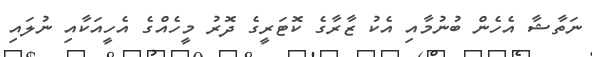
ނަތާޝާ އެހެން ބުނުމާއި އެކު ޒާރާގެ ކޮޓަރީގެ ދޮރު މީހެއްގެ އެހީއަކާއި ނުލައި